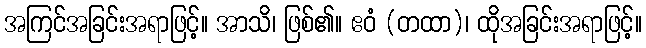
အကြင်အခြင်းအရာဖြင့်။ အာသိ၊ ဖြစ်၏။ ဧဝံ (တထာ)၊ ထိုအခြင်းအရာဖြင့်။